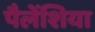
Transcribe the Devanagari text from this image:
पैलेंशिया